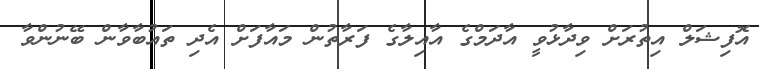
އޮފިޝަލް އިތުރަށް ވިދާޅުވީ އާދަމްގެ އާއިލާގެ ފަރާތުން މައާފަށް އެދި ތައުބާވާން ބޭނުންވާ